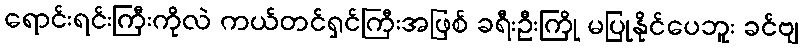
ရောင်းရင်းကြီးကိုလဲ ကယ်တင်ရှင်ကြီးအဖြစ် ခရီးဦးကြို မပြုနိုင်ပေဘူး ခင်ဗျ